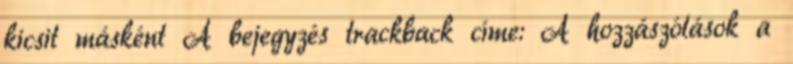
kicsit másként A bejegyzés trackback címe: A hozzászólások a